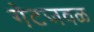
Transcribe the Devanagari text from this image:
गेटजवळ